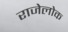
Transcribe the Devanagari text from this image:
राजेलोक